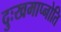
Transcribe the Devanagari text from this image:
दुःखमाप्नोति